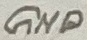
Text: GND